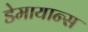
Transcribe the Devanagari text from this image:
डेमायान्स